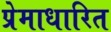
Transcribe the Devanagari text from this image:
प्रेमाधारित